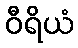
ဝီရိယံ